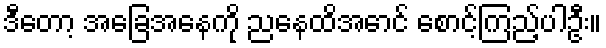
ဒီတော့ အခြေအနေကို ညနေထိအောင် စောင့်ကြည့်ပါဦး။